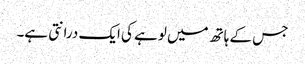
جس کے ہاتھ میں لوہے کی ایک درانتی ہے۔